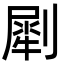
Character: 㓾